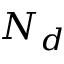
N _ { d }